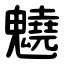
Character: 䰫